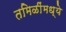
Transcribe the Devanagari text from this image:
तमिळींमध्ये